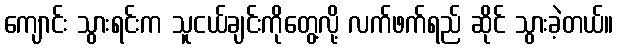
ကျောင်း သွားရင်းက သူငယ်ချင်းကိုတွေ့လို့ လက်ဖက်ရည် ဆိုင် သွားခဲ့တယ်။